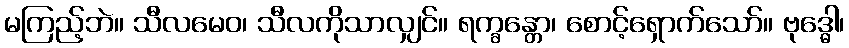
မကြည့်ဘဲ။ သီလမေဝ၊ သီလကိုသာလျှင်။ ရက္ခန္တော၊ စောင့်ရှောက်သော်။ ဗုဒ္ဓေါ၊